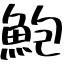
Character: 鮑